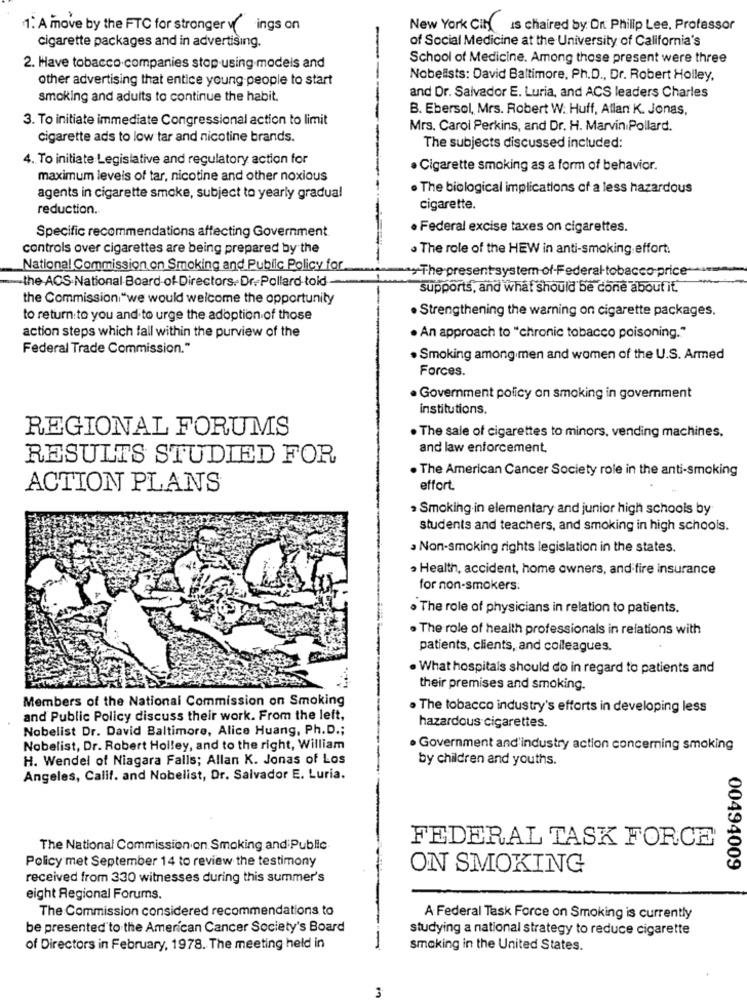
1. A move by the FTC for stronger v" ings on
New York City is chaired by Ont Philip Lee, Professor
cigarette packages and in advertising.
of Social Medicine at the University of California's
School of Medicine. Among those present were three
2. Have tobacco companies stop using models and
other advertising that entice young people to start
Nobelists: David Baltimore, Ph.D ., Dr. Robert Holley,
smoking and adults to continue the habit.
and Dr. Salvador E. Luria, and ACS leaders Charles
B. Ebersol, Mrs. Robert W: Huff, Allan K. Jonas,
3. To initiate immediate Congressional action to limit
Mrs. Carol Perkins, and Dr. H. Marvin Pollard.
cigarette ads to low tar and nicotine brands.
The subjects discussed included:
4. To initiate Legislative and regulatory action for
· Cigarette smoking as a form of behavior.
maximum levels of tar, nicotine and other noxious
. The biological implications of a less hazardous
agents in cigarette smoke, subject to yearly gradual
reduction.
cigarette.
Specific recommendations affecting Government
· Federal excise taxes on cigarettes.
controls over cigarettes are being prepared by the
The role of the HEW in anti-smoking effort.
National Commission on Smoking and Public Policy for
The present system of-Federal tobacco price-
-the-ACS.National Board-of-Directors. Dr .- Pollard-told
supports, and what should be done about it.
the Commission "we would welcome the opportunity
. Strengthening the warning on cigarette packages.
to return to you and to urge the adoption of those
action steps which fall within the purview of the
· An approach to "chronic tobacco poisoning."
Federal Trade Commission."
· Smoking among men and women of the U.S. Armed
Forces.
. Government policy on smoking in government
institutions.
REGIONAL FORUMS
. The sale of cigarettes to minors, vending machines,
and law enforcement.
RESULTS STUDIED FOR
. The American Cancer Society role in the anti-smoking
ACTION PLANS
effort.
Smoking in elementary and junior high schools by
students and teachers, and smoking in high schools.
Non-smoking rights legislation in the states.
· Health, accident, home owners, and fire insurance
for non-smokers:
. The role of physicians in relation to patients.
.The role of health professionals in relations with
patients, clients, and colleagues.
What hospitals should do in regard to patients and
their premises and smoking.
Members of the National Commission on Smoking
· The tobacco industry's efforts in developing less
and Public Policy discuss their work. From the left,
Nobelist Dr. David Baltimore, Alice Huang, Ph.D .;
hazardous cigarettes.
Nobelist, Dr. Robert Holley, and to the right, William
. Government and'industry action concerning smoking
H. Wendel of Niagara Falls; Allan K. Jonas of Los
by children and youths.
Angeles, Calif. and Nobelist, Dr. Salvador E. Luria.
FEDERAL TASK FORCE
The National Commission on Smoking and Public
Policy met September 14 to review the testimony
ON SMOKING
00494009
received from 330 witnesses during this summer's
eight Regional Forums.
The Commission considered recommendations to
A Federal Task Force on Smoking is currently
be presented to the American Cancer Society's Board
studying a national strategy to reduce cigarette
of Directors in February, 1978. The meeting held in
-
smoking in the United States.